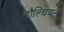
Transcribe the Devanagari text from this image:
गौल्थियन